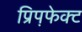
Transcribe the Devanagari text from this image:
प्रिप़फेक्ट